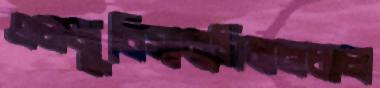
এলজুবিসানসিমনচাল